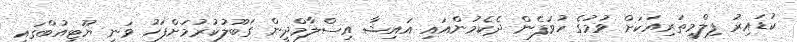
ކުޑައިރު ފިލްމީތަރިއަކަށް ވުމުގެ ހުވަފެން ދެކެމުންއައި އައިޝާ އިސްލާމްދީން ގަބޫލުކުރުމަށްފަހު ވަނީ ޔޫޓިއުބްގައި